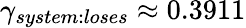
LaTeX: \gamma_{system:loses}\approx 0.3911